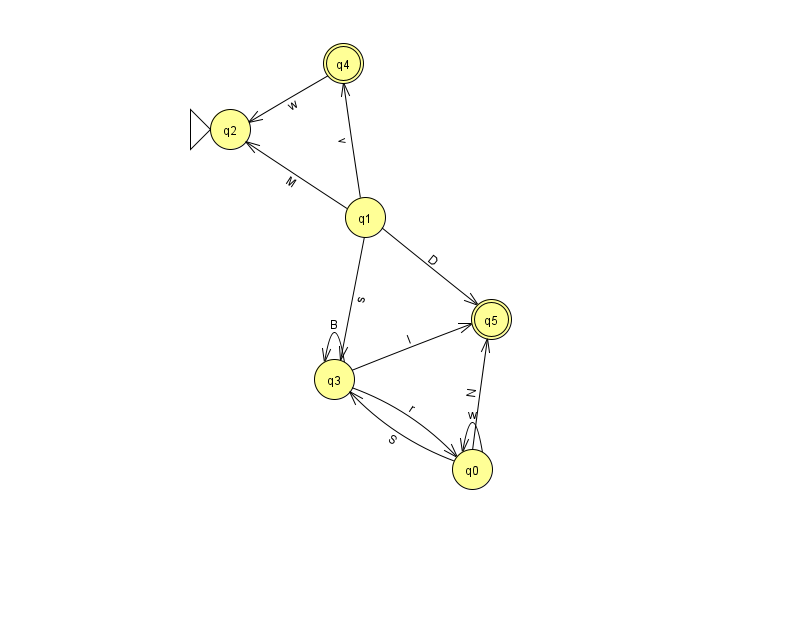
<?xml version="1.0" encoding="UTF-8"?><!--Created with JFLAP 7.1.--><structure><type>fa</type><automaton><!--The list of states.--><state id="0" name="q0"><x>472.0</x><y>456.0</y></state><state id="1" name="q1"><x>365.0</x><y>204.0</y></state><state id="2" name="q2"><x>230.0</x><y>116.0</y><initial/></state><state id="3" name="q3"><x>334.0</x><y>366.0</y></state><state id="4" name="q4"><x>343.0</x><y>50.0</y><final/></state><state id="5" name="q5"><x>491.0</x><y>306.0</y><final/></state><!--The list of transitions.--><transition><from>4</from><to>2</to><read>w</read></transition><transition><from>3</from><to>3</to><read>B</read></transition><transition><from>0</from><to>3</to><read>S</read></transition><transition><from>1</from><to>3</to><read>s</read></transition><transition><from>3</from><to>0</to><read>r</read></transition><transition><from>1</from><to>4</to><read>v</read></transition><transition><from>1</from><to>5</to><read>D</read></transition><transition><from>0</from><to>0</to><read>w</read></transition><transition><from>3</from><to>5</to><read>l</read></transition><transition><from>1</from><to>2</to><read>M</read></transition><transition><from>0</from><to>5</to><read>N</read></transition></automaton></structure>